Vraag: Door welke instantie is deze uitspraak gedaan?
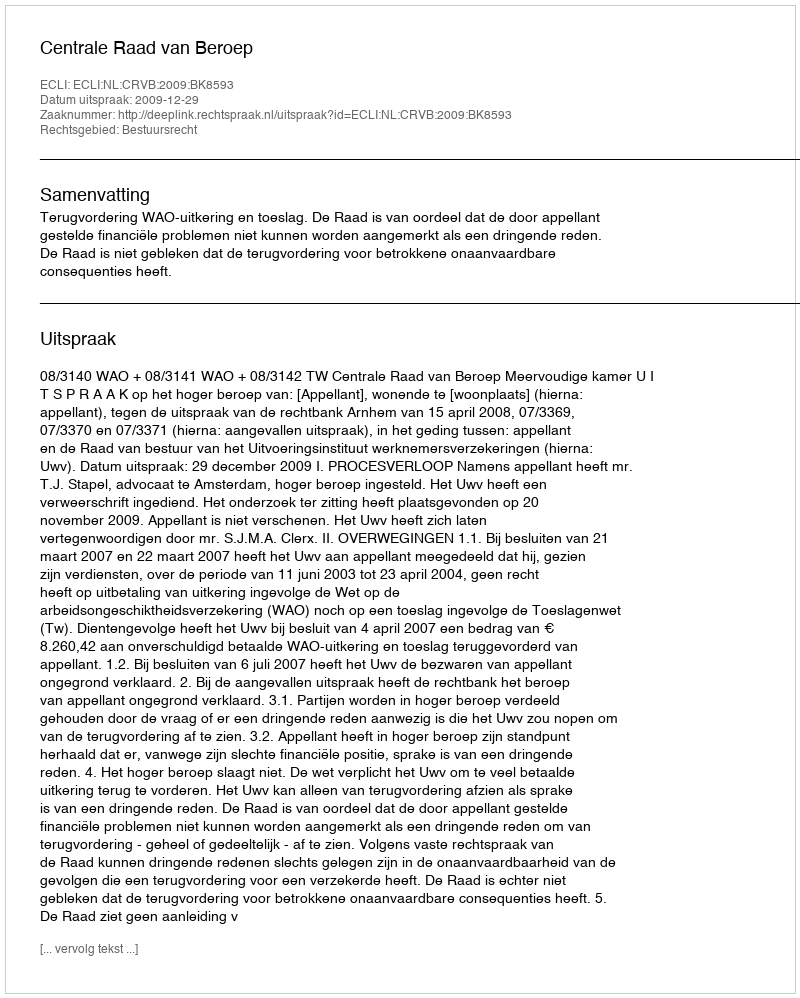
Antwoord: Centrale Raad van Beroep